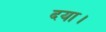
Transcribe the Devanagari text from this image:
दया।